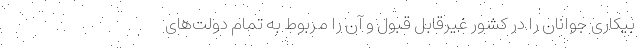
بیکاری جوانان را در کشور غیرقابل قبول و آن را مربوط به تمام دولت‌های